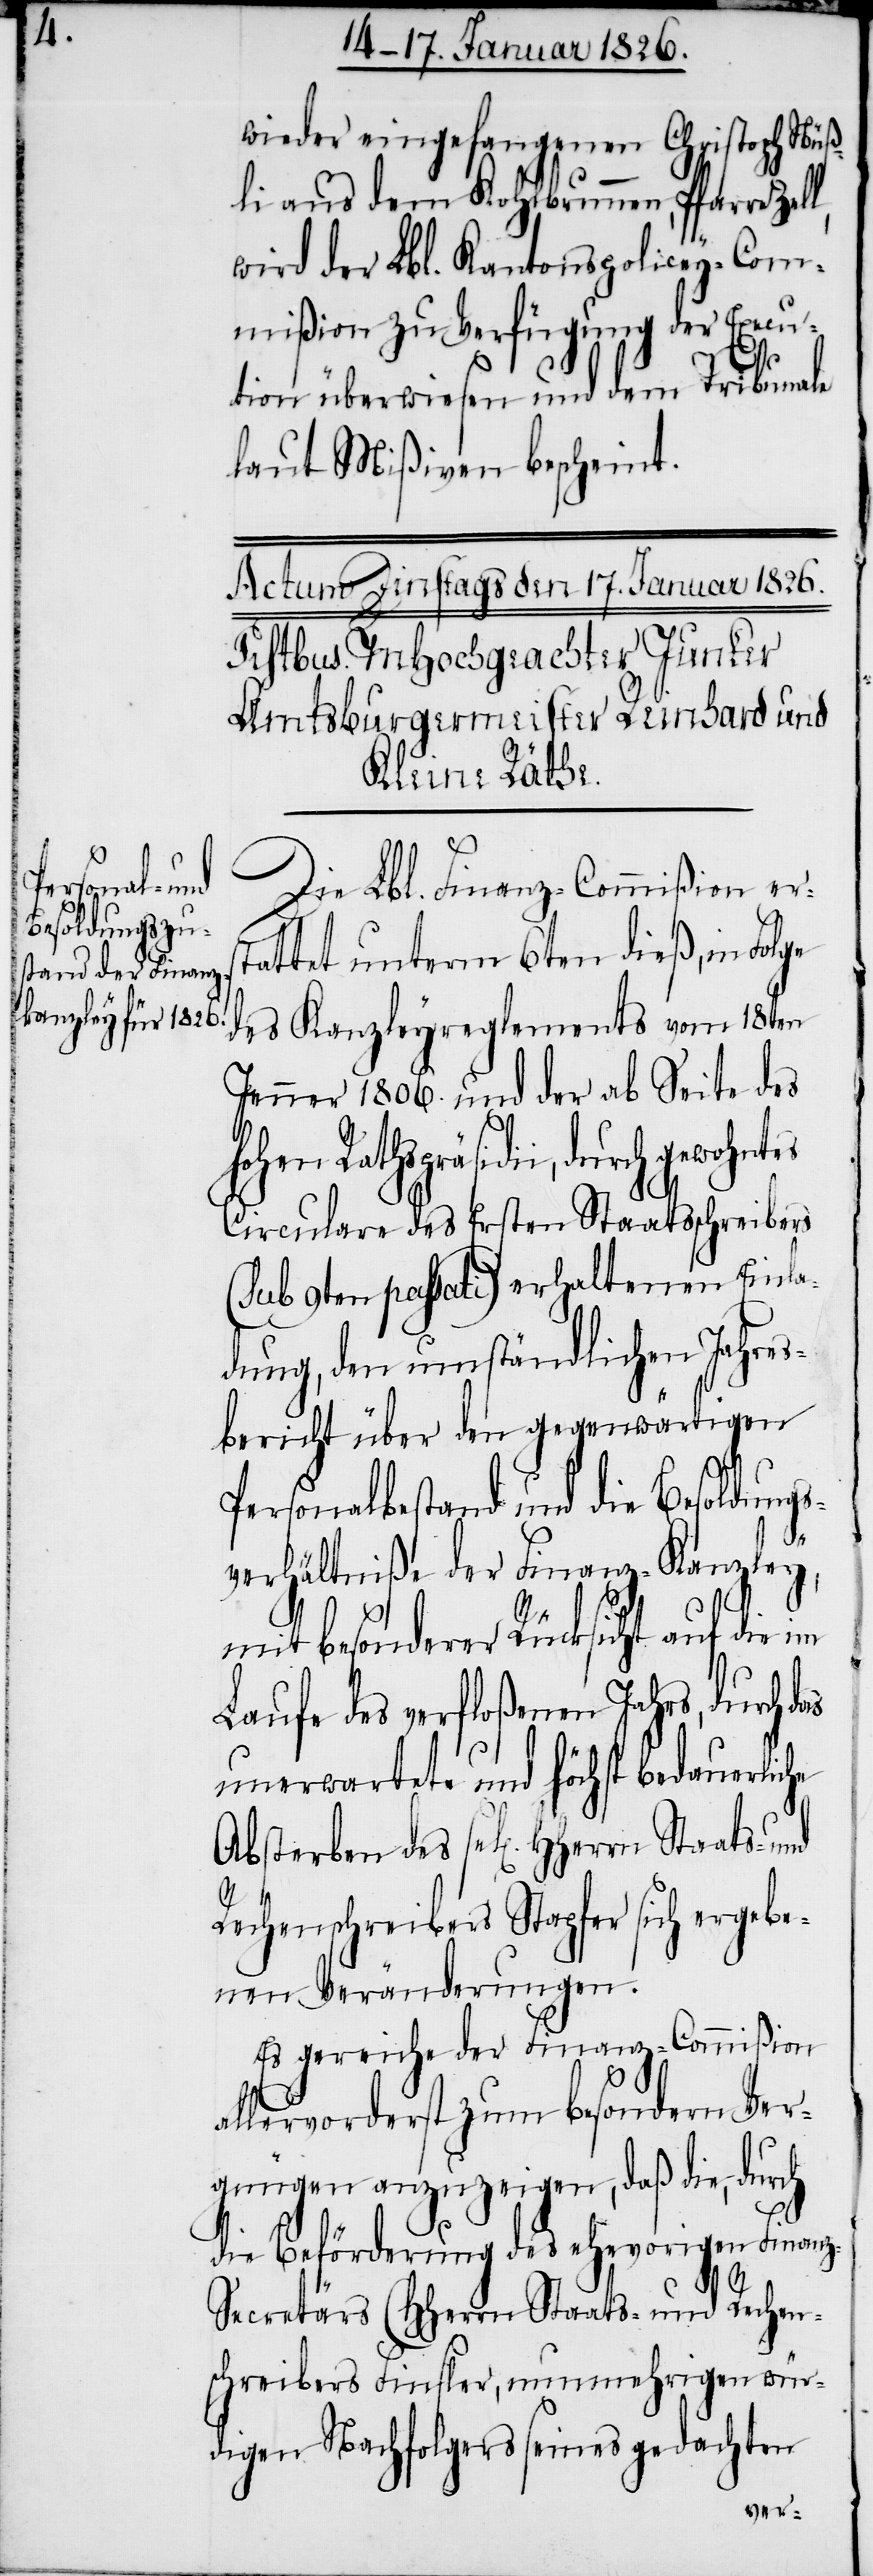
wieder eingefangenen Christoph Nüß¬
li aus dem Kohlbrunnen, Pfarre Zell,
wird der Lbl. Kantonspolicey-Com¬
mißion zu Verfügung der Execu¬
ats-
tion überwiesen und dem Tribunale
laut Mißiven bescheint.
Die Lbl. Finanz-Commißion ers¬
tattet unterm 6ten dieß, in Folge
des Kanzleyreglements vom 18ten
Jenner 1806. und der ab Seite des
e Absterben des sel[igen]
Circulare des Ersten Staatsschreibers
(sub 9ten passati) erhaltenen Einla¬
dung, den umständlichen Jahres¬
bericht über den gegenwärtigen
Personalbestand und die Besoldungs¬
verhältniße der Finanz-Kanzley,
mit besonderer Rücksicht auf die im
Laufe des verfloßenen Jahrs, durch das
unerwartete und höchst bedauerlich¬
Rechenschreibers Stapfer sich ergebe¬
nen Veränderungen.
Es gereiche der Finanz-Commißion
allervorderst zum besondern Ver¬
gnügen anzuzeigen, daß die, durch
die Beförderung des ehevorigen Finan¬
h¬
z-Secretärs (HHerrn Staats- und Rechen¬
schreibers Finsler, nunmehrigen wür¬
digen Nachfolgers seines gedachten